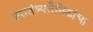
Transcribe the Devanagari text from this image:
स्वातंत्र्यसैनिकांचा